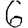
Digit: 6